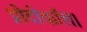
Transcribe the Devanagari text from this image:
प्रोटोकॉल।